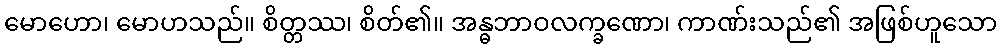
မောဟော၊ မောဟသည်။ စိတ္တဿ၊ စိတ်၏။ အန္ဓဘာဝလက္ခဏော၊ ကာဏ်းသည်၏ အဖြစ်ဟူသော